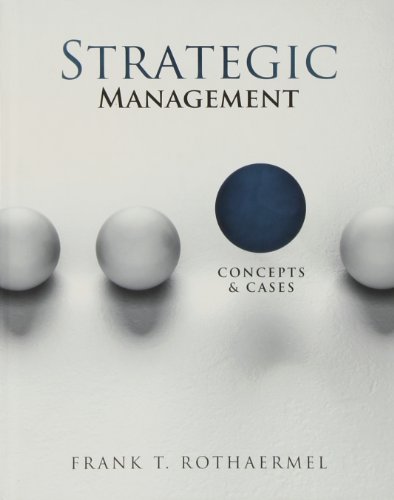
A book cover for Strategic Management: Concepts and Cases; Frank Rothaermel; Business & Money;